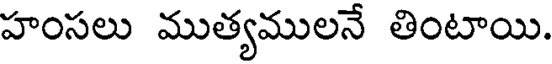
హంసలు ముత్యములనే తింటాయి.